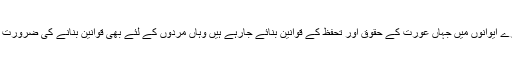
ہمارے ایوانوں میں جہاں عورت کے حقوق اور تحفظ کے قوانین بنائے جارہے ہیں وہاں مردوں کے لئے بھی قوانین بنانے کی ضرورت ہے۔